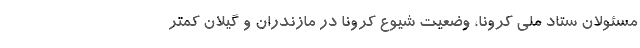
مسئولان ستاد ملی کرونا، وضعیت شیوع کرونا در مازندران و گیلان کمتر